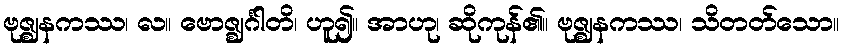
ဗုဇ္ဈနကဿ၊ လ။ ဗောဇ္ဈင်္ဂါတိ၊ ဟူ၍။ အာဟု၊ ဆိုကုန်၏။ ဗုဇ္ဈနကဿ၊ သိတတ်သော။